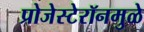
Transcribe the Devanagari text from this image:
प्रोजेस्टेरॉनमुळे